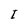
Character: I